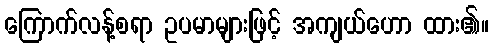
ကြောက်လန့်စရာ ဥပမာများဖြင့် အကျယ်ဟော ထား၏။